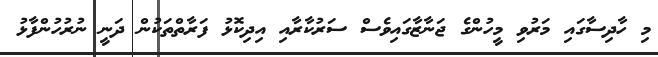
މި ހާދިސާގައި މަރުވި މީހުންގެ ޖަނާޒާގައިވެސް ސަރުކާރާއި އިދިކޮޅު ފަރާތްތަކުން ދަނީ ނުރުހުންފާޅު